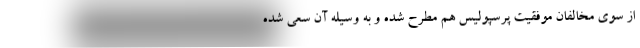
از سوی مخالفان موفقیت پرسپولیس هم مطرح شده و به وسیله آن سعی شده